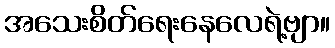
အသေးစိတ်ရေးနေလေရဲ့ဗျာ။